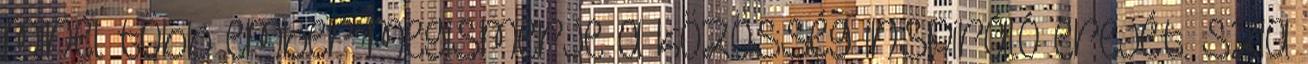
minél több ember megismerje a közösség inspiráló erejét. Szia